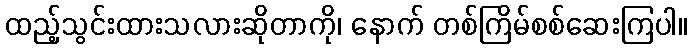
ထည့်သွင်းထားသလားဆိုတာကို၊ နောက် တစ်ကြိမ်စစ်ဆေးကြပါ။